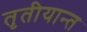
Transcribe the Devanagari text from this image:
तृतीयान्त